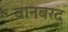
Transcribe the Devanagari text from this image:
बानबरद